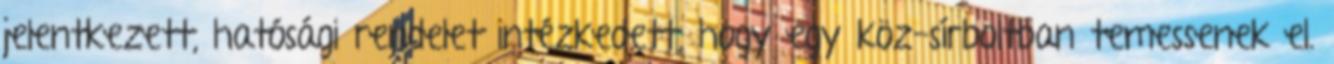
jelentkezett, hatósági rendelet intézkedett, hogy egy köz-sírboltban temessenek el.